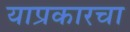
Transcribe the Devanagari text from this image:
याप्रकारचा